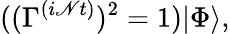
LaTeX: ((\Gamma^{(i\mathscr{N}t)})^{2}=1)|\Phi\rangle,